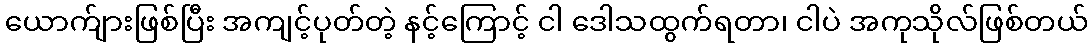
ယောက်ျားဖြစ်ပြီး အကျင့်ပုတ်တဲ့ နင့်ကြောင့် ငါ ဒေါသထွက်ရတာ၊ ငါပဲ အကုသိုလ်ဖြစ်တယ်